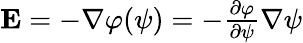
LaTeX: \begin{array}{r}{{\mathbf E}=-\nabla\varphi(\psi)=-\frac{\partial\varphi}{\partial\psi}\nabla\psi}\end{array}